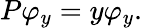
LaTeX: P\varphi_{y}=y\varphi_{y}.